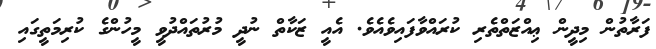
ފަރާތުން މިދީން ޢިއްޒަތްތެރި ކުރައްވާފައިވެއެވެ. އެއީ ޒަކާތް ނުދީ މުރުތައްދުވީ މީހުންގެ ކުރިމަތީގައި